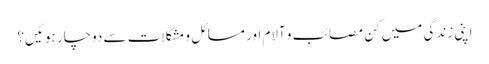
اپنی زندگی میں کن مصائب و آلام اور مسائل و مشکلات سے دوچار ہوئیں؟